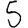
Digit: 5